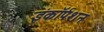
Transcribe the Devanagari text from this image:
इंकॉर्पशन